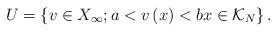
LaTeX: \begin{align*}U=\left\{ v\in X_{\infty};a<v\left( x\right) <bx\in\mathcal{K}_{N}\right\} . \end{align*}